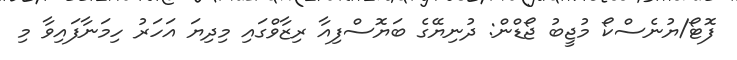
ފޮޓޯ/ޔުނެސްކޯ މުޖީބު ޖޯޑްން: ދުނިޔޭގެ ބަޔޮސްފިއާ ރިޒާވްގައި މިދިޔަ އަހަރު ހިމަނާފައިވާ މި